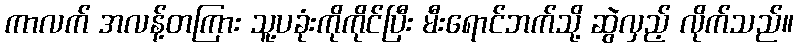
ကာလက် အလန့်တကြား သူ့ပခုံးကိုကိုင်ပြီး မီးရောင်ဘက်သို့ ဆွဲလှည့် လိုက်သည်။